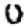
Digit: 0